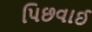
પિછવાઈ